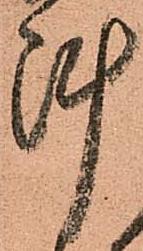
陣